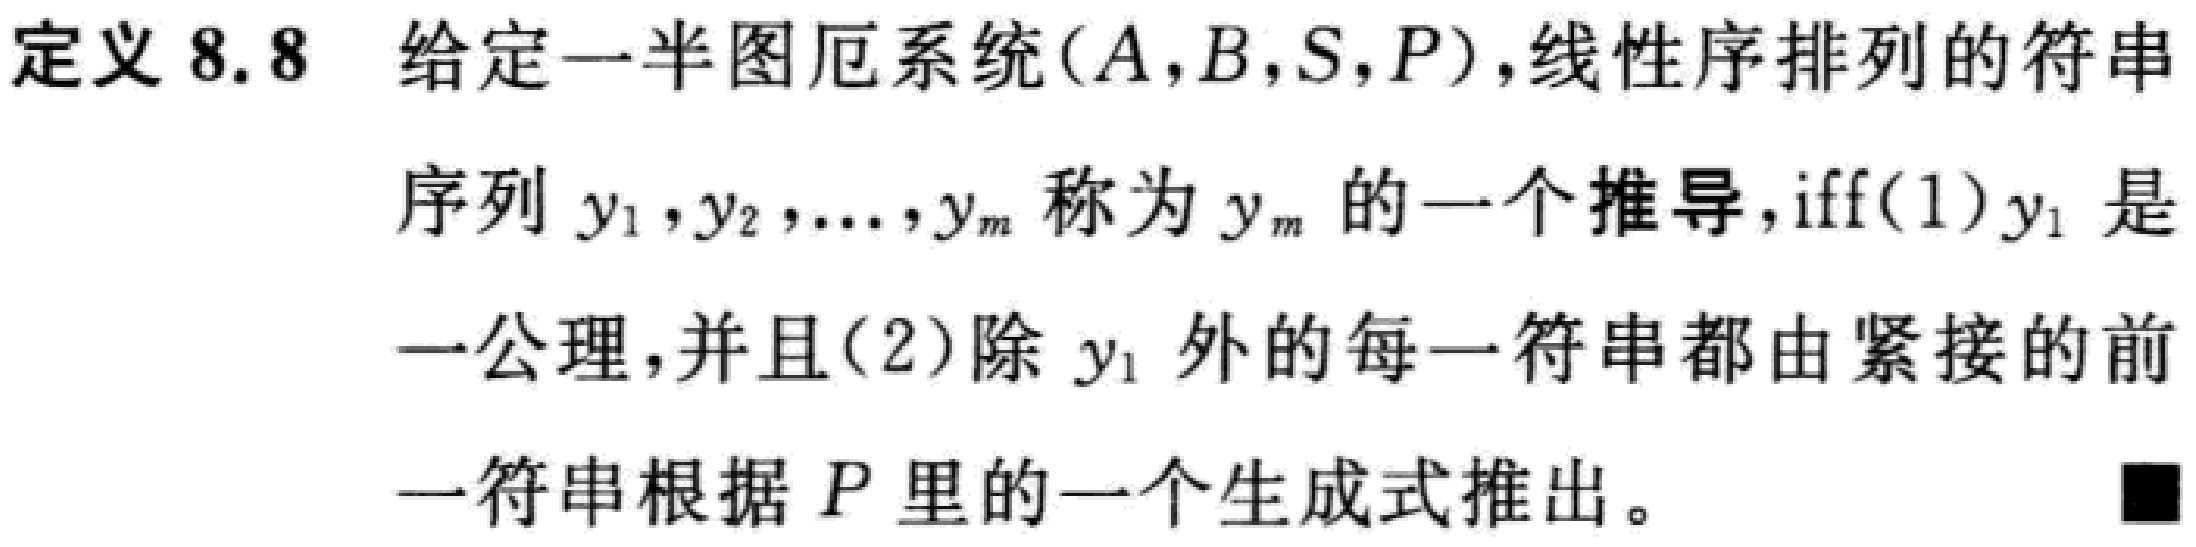
定义 8.8 给定一半图厄系统\((A,B,S,P)\)，线性序排列的符串

序列\(y_1,y_2,\ldots,y_m\)称为\(y_m\)的一个推导，iff(1)\(y_1\)是

一公理，并且(2)除\(y_1\)外的每一符串都由紧接的前

一符串根据\(P\)里的一个生成式推出。